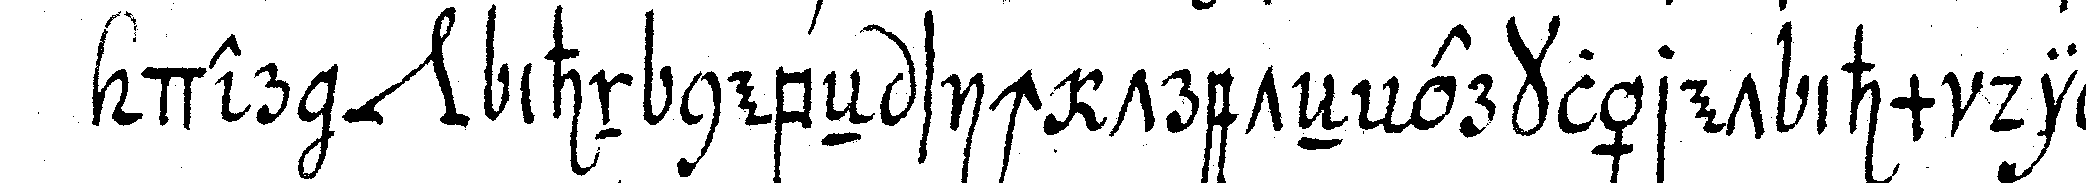
der *nee* ihn nebeN sich treteN erkläret ihm die